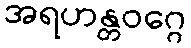
အရဟန္တဝဂ္ဂေ